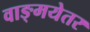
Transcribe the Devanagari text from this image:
वाङ्मयेतर